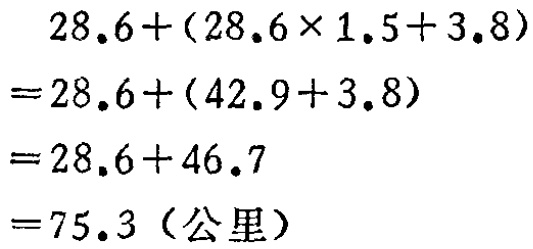
\[
\begin{align*}
&28.6+(28.6\times1.5 + 3.8)\\
=&28.6+(42.9 + 3.8)\\
=&28.6+46.7\\
=&75.3（公里）
\end{align*}
\]